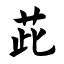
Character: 茈